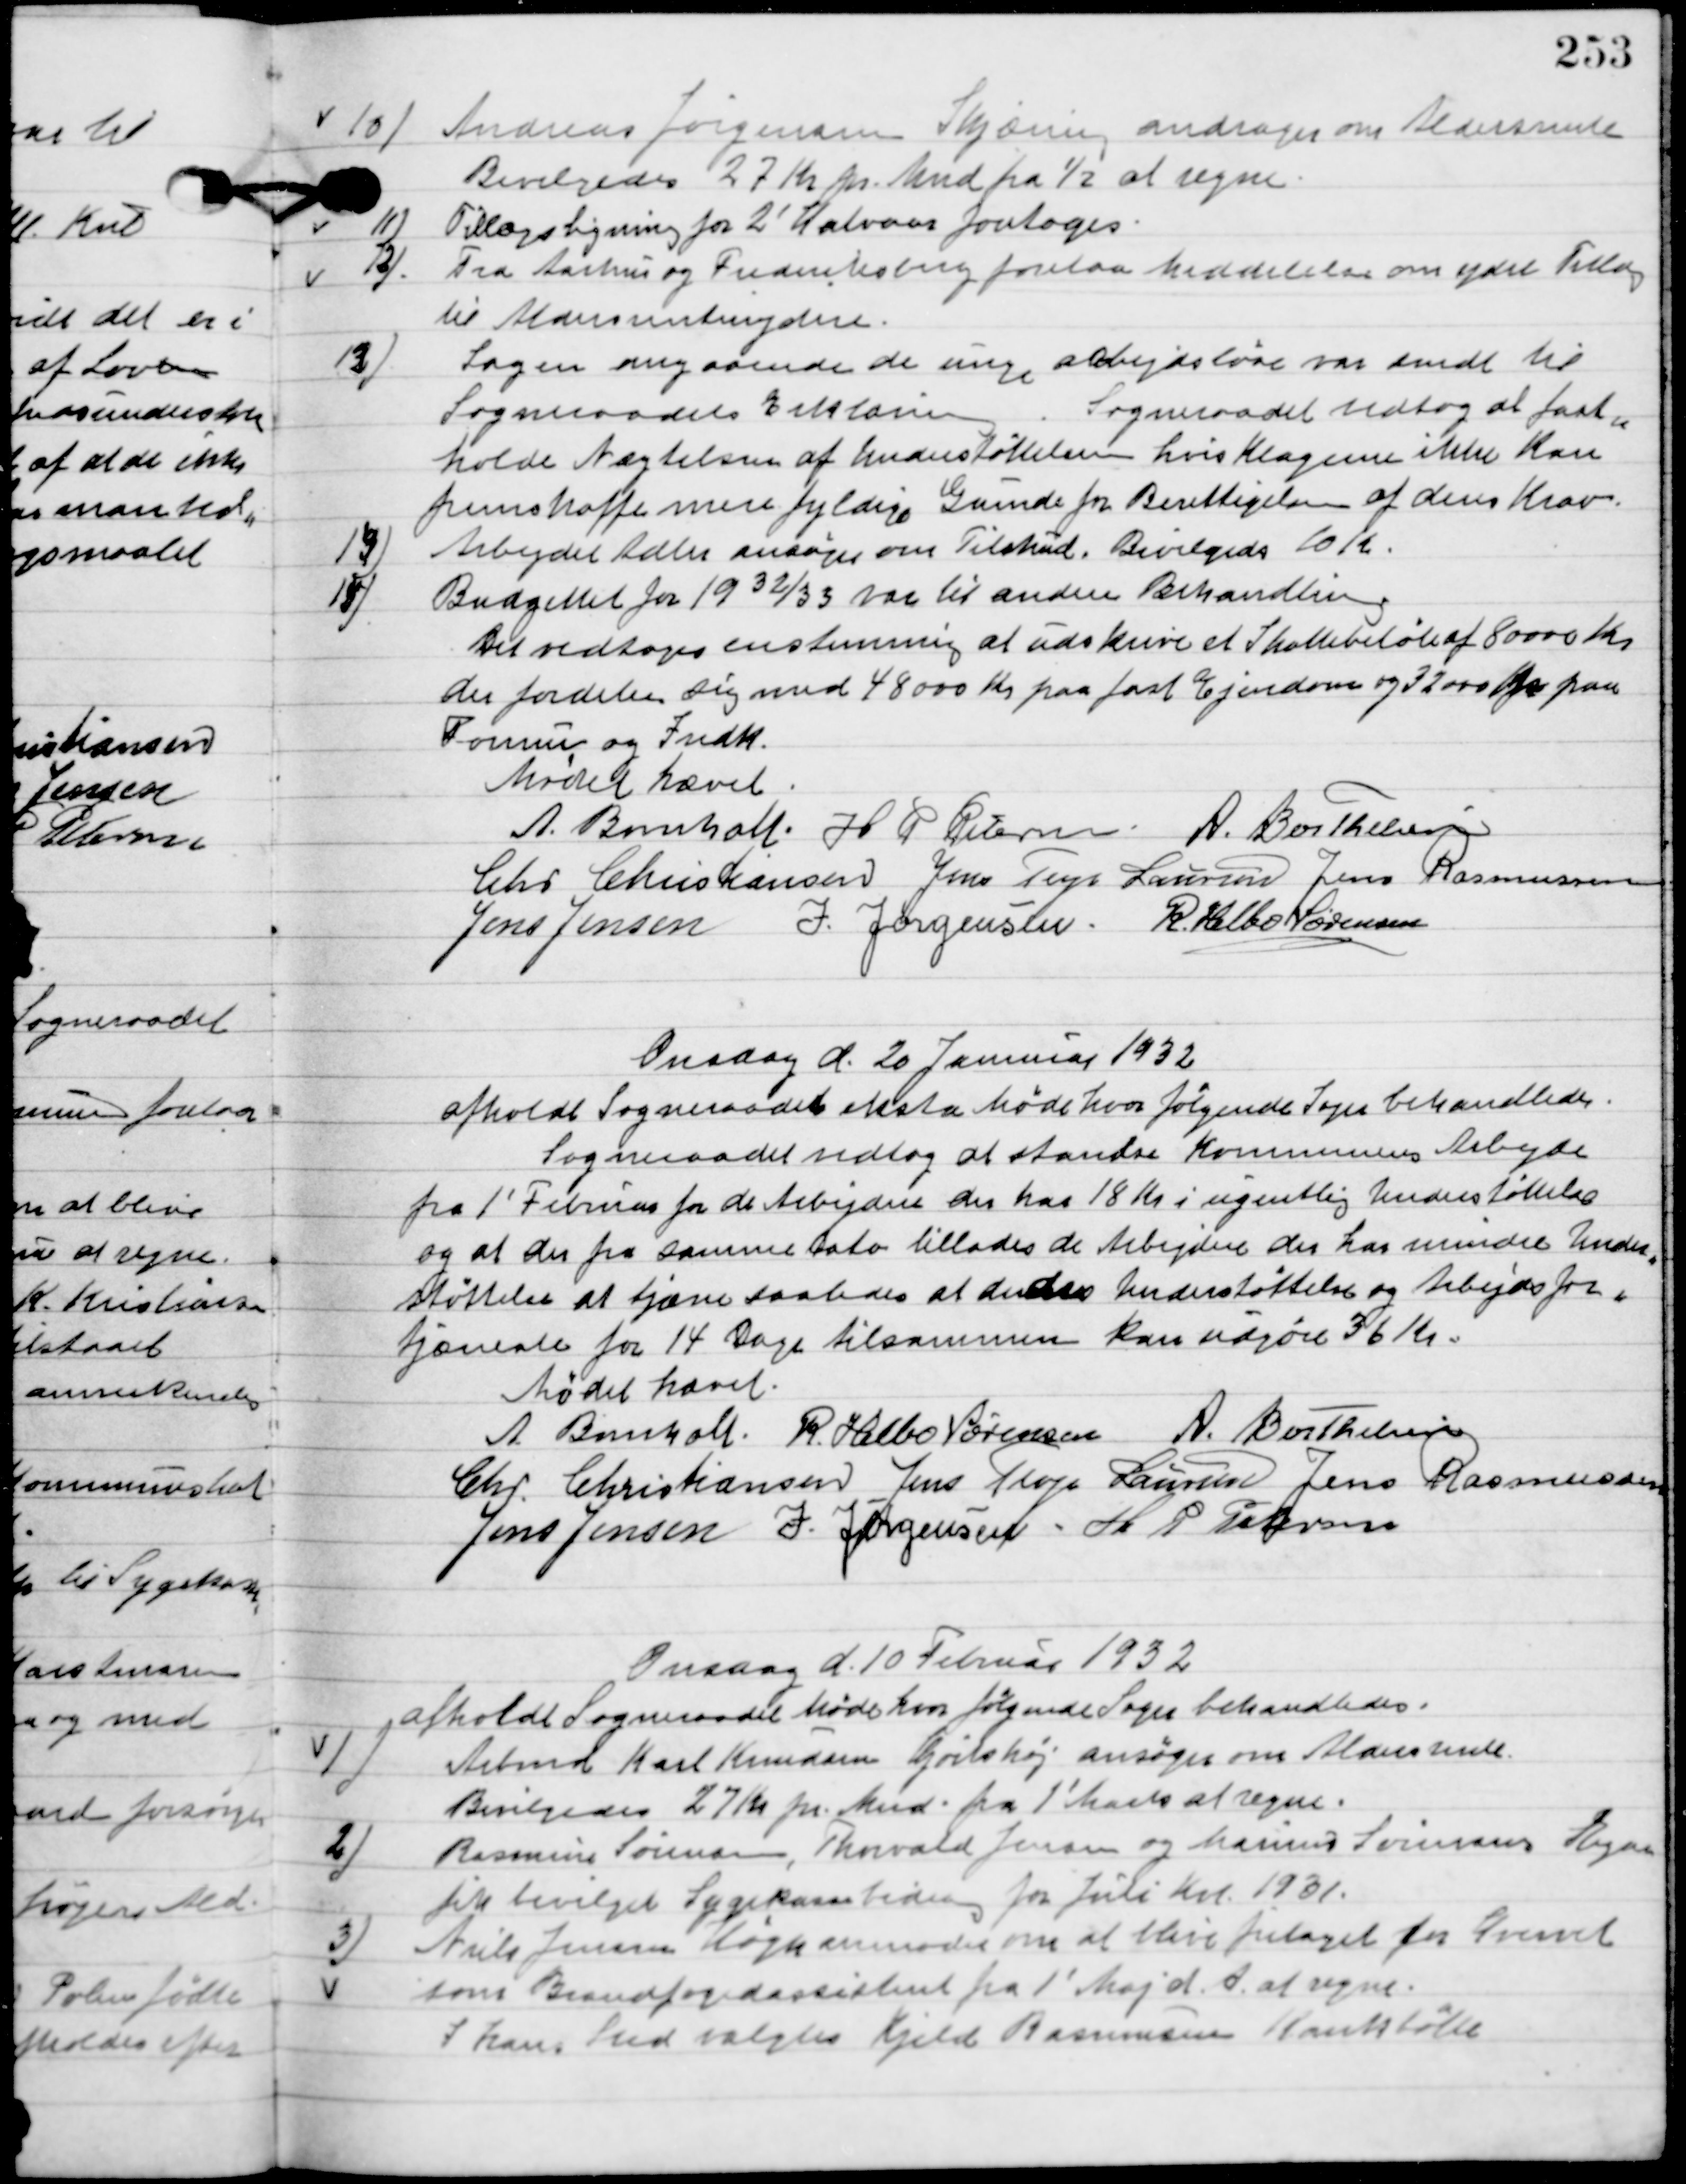
Transskription:
10.

Andreas Jørgensen Skjæring andrager om aldersrente.
Bevilgedes 27 Kr. pr. Mnd. Fra ½ at regne.

11

Tillægsligning for 2´Halvaar foretoges.

12

Fra Aarhus og Frederiksbjerg forelaa meddelelse om ydre Tillæg
til Aldersrentenydere.

13

Sagen angaaende de unge arbejdsløse var sendt til
Sogneraadets Erklæring.
Sogneraadet vedtog at fast-
holde Nægtelsen af Understøttelsen hvis Klagerne ikke kan
fremskaffe mere fyldige grunder for berettigelses af deres Krav.

14

Arbejdet Adler ansøger om Tilskud.
Bevilgedes 10 Kr.

15

Budgettet for 1932/33 var til anden Behandling.
Det vedtoges enstemmig at udskrive et skattebeløb af 80000 Kr.
der fordeler sig med 48000 Kr. paa fast Ejendom og 32000 Kr. paa
Formuer og Indk.

Mødet hævet.

A. Bomholt
R. Helbo Sørensen
A. Berthelsen
Chr. Christiansen
Jens Terp Laursen
Jens Rasmussen
Jens Jensen
J. Jørgensen
R. Helbo Sørensen

Onsdag d. 20 Januar 1932
afholdt Sogneraadet ekstra Møde, hvor følgende Sager behandledes.
Sogneraadet vedtog at standse Kommunens Arbejde
fra 1´Februar for de Arbejdere der har 18 Kr. i ugentlig understøttelse
og at der fra samme dato tillodes de Arbejdere der har mindre Under-
støttelse at tjæne saaledes at deres Understøttelse og Arbejdsfor-
tjæneste for 14 Dage tilsammen kan udgøre 36 Kr.

Mødet hævet.

A. Bomholt
R. Helbo Sørensen
A. Berthelsen,
 Chr. Christiansen
Jens Terp Laursen
Jens Rasmussen
Jens Jensen
J. Jørgensen
R. Helbo Sørensen

Onsdag d. 10 Februar 1932
afholdt Sogneraadet Møde, hvor følgende Sager behandledes.

1

Arbmd. Karl Knudsen Hjortshøj ansøger om Aldersrente.

Bevilgedes 27 Kr. Mnd. Fra 1´Marts at regne.

2

Rasmine Sørensen, Thorvald Jensen og Marius Sørensen Egaa
fik bevilget Sygekassebedrag for Juli Kvt. 1931.

3

Niels Jensen Høgh anmoder om at blive fritaget for Hvervet
 som Brandfogedassistent fra 1´Maj d. A. at regne.
I hans Sted valgtes Kjeld Rasmussen Kankbølle.